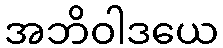
အဘိဝါဒယေ